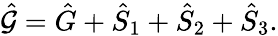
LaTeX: \hat{\cal G}=\hat{G}+\hat{S}_{1}+\hat{S}_{2}+\hat{S}_{3}.